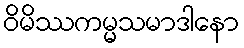
ဝိမိဿကမ္မသမာဒါနော